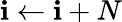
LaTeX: \mathbf{i}\gets\mathbf{i}+N